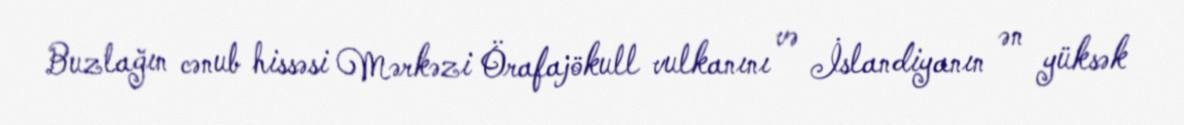
Buzlağın cənub hissəsi Mərkəzi Örafajökull vulkanını və İslandiyanın ən yüksək